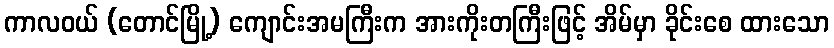
ကာလဝယ် (တောင်မြို့) ကျောင်းအမကြီးက အားကိုးတကြီးဖြင့် အိမ်မှာ ခိုင်းစေ ထားသော